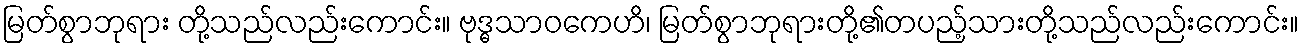
မြတ်စွာဘုရား တို့သည်လည်းကောင်း။ ဗုဒ္ဓသာဝကေဟိ၊ မြတ်စွာဘုရားတို့၏တပည့်သားတို့သည်လည်းကောင်း။